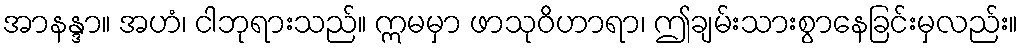
အာနန္ဒာ။ အဟံ၊ ငါဘုရားသည်။ ဣမမှာ ဖာသုဝိဟာရာ၊ ဤချမ်းသားစွာနေခြင်းမှလည်း။